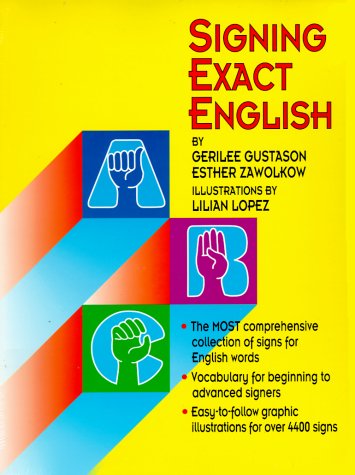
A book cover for Signing Exact English; Gerilee Gustason; Reference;